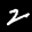
Label: 2